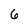
Character: 6